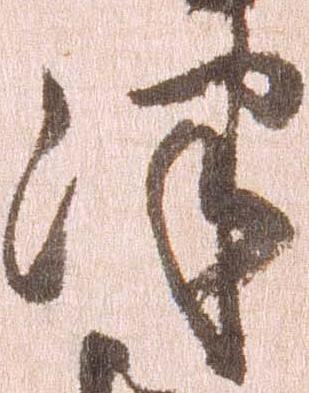
津